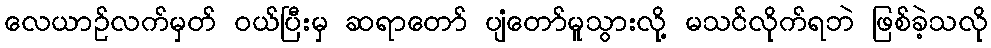
လေယာဉ်လက်မှတ် ဝယ်ပြီးမှ ဆရာတော် ပျံတော်မူသွားလို့ မသင်လိုက်ရဘဲ ဖြစ်ခဲ့သလို